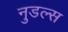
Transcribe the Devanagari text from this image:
नुडल्स